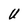
Character: U